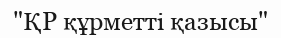
"ҚР құрметті қазысы"